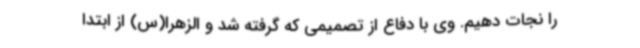
را نجات دهیم. وی با دفاع از تصمیمی که گرفته شد و الزهرا(س) از ابتدا